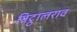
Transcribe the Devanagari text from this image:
विट्ठालराव